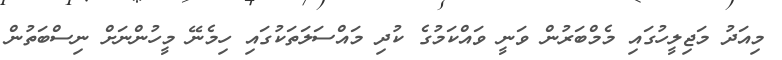
މިއަދު މަޖިލީހުގައި މެމްބަރުން ވަނީ ވައްކަމުގެ ކުދި މައްސަލަތަކުގައި ހިމެނޭ މީހުންނަށް ނިސްބަތުން